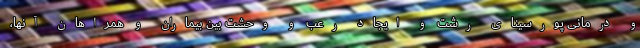
و درمانی پورسینای رشت و ایجاد رعب و وحشت بین بیماران و همراهان آنها،